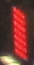
1